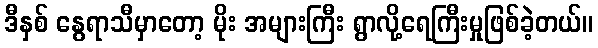
ဒီနှစ် နွေရာသီမှာတော့ မိုး အများကြီး ရွာလို့ရေကြီးမှုဖြစ်ခဲ့တယ်။